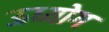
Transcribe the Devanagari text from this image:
ऊध्योग